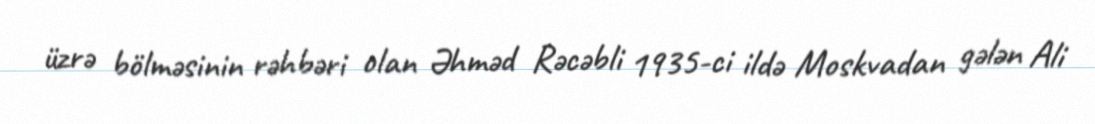
üzrə bölməsinin rəhbəri olan Əhməd Rəcəbli 1935-ci ildə Moskvadan gələn Ali